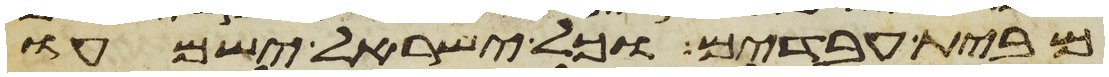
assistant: מבית עבדים וכל ישראל ישמעו